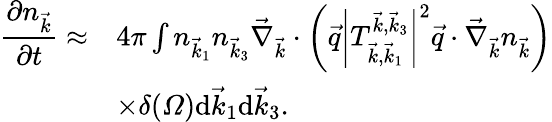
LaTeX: \begin{array}{rl}{\displaystyle\frac{\partial n_{\vec{k}}}{\partial t}\approx}&{4\pi\int n_{\vec{k}_{1}}n_{\vec{k}_{3}}\vec{\nabla}_{\vec{k}}\cdot\left(\vec{q}\left|T_{\vec{k},\vec{k}_{1}}^{\vec{k},\vec{k}_{3}}\right|^{2}\vec{q}\cdot\vec{\nabla}_{\vec{k}}n_{\vec{k}}\right)}\\ {\displaystyle}&{\times\delta(\varOmega)\mathrm d\vec{k}_{1}\mathrm d\vec{k}_{3}.}\end{array}